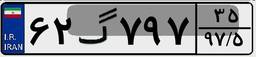
۶۲گ۷۹۷۳۵